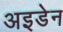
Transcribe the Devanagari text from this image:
अइडेन